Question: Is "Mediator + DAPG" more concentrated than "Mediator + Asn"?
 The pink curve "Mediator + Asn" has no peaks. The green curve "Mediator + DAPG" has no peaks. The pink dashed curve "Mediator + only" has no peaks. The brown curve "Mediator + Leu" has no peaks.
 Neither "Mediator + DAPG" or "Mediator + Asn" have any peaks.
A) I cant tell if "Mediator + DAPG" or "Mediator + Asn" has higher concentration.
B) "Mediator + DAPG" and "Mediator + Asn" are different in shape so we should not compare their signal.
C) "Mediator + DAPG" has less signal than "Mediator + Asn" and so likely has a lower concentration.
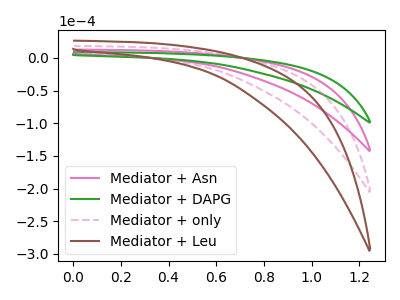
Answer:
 <answer>A) I cant tell if "Mediator + DAPG" or "Mediator + Asn" has higher concentration.</answer>
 <eval>A</eval>